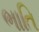
ભાતિ